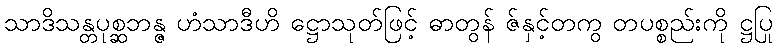
သာဒိသန္တပုစ္ဆဘန္ဇ ဟံသာဒီဟိ ဋ္ဌောသုတ်ဖြင့် ဓာတွန် ဇ်နှင့်တကွ တပစ္စည်းကို ဋ္ဌပြု